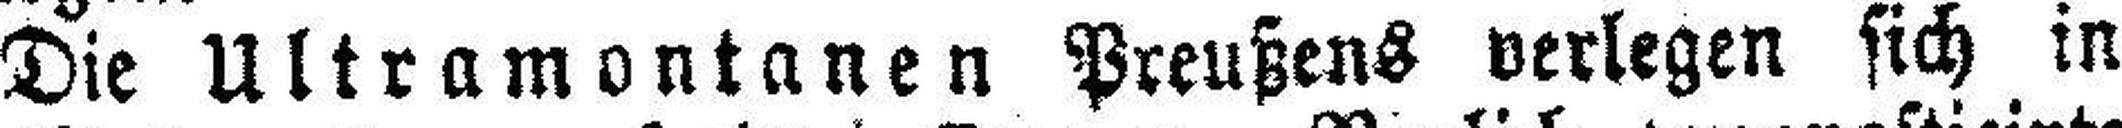
Die Ultramontanen Preußens verlegen sich in